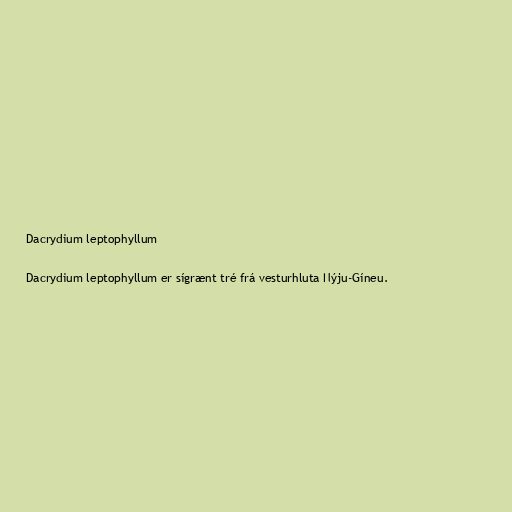
Dacrydium leptophyllum

Dacrydium leptophyllum er sígrænt tré frá vesturhluta Nýju-Gíneu.